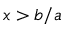
x > b / a